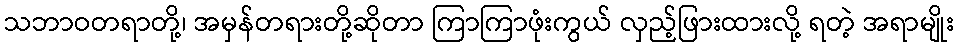
သဘာဝတရာတို့၊ အမှန်တရားတို့ဆိုတာ ကြာကြာဖုံးကွယ် လှည့်ဖြားထားလို့ ရတဲ့ အရာမျိုး